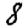
Digit: 8